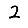
Digit: 2